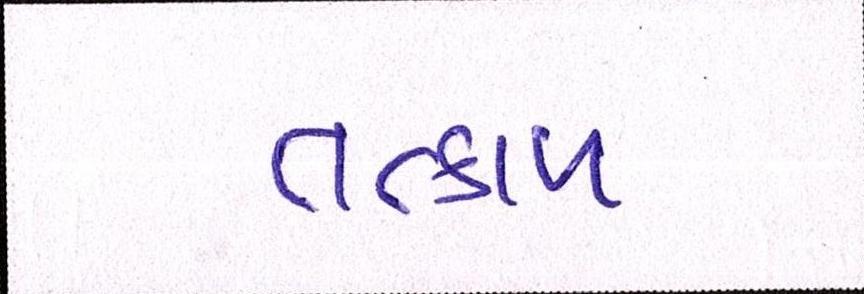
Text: તત્કાળ